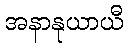
အနာနုယာယီ